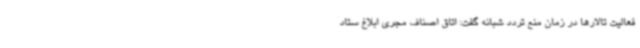
فعالیت تالارها در زمان منع تردد شبانه گفت: اتاق اصناف مجری ابلاغ ستاد